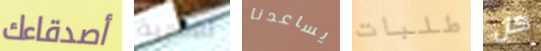
أصدقاءك للبشرية يساعدنا طلبات كل